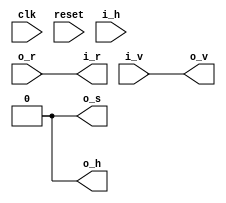
/*
 * Copyright International Business Machines Corporation 2016
 *
 * Printed in the United States of America June 2016
 *
 * IBM, the IBM logo, and ibm.com are trademarks or registered trademarks of
 * International Business Machines Corp.,
 * registered in many jurisdictions worldwide. Other product and service names
 * might be trademarks of IBM or other companies. A current list of IBM trademarks
 * is available on the Web at Copyright and trademark information at
 * www.ibm.com/legal/copytrade.shtml.
 *
 * Other company, product, and service names may be trademarks or service marks of
 * others.
 *
 * All information contained in this document is subject to change without notice.
 * The products described in this document are NOT intended for use in applications
 * such as implantation, life support, or other hazardous uses where malfunction
 * could result in death, bodily injury, or catastrophic property damage. The
 * information contained in this document does not affect or change IBM product
 * specifications or warranties. Nothing in this document shall operate as an
 * express or implied license or indemnity under the intellectual property rights
 * of IBM or third parties. All information contained in this document was obtained
 * in specific environments, and is presented as an illustration. The results
 * obtained in other operating environments may vary.
 * While the information contained herein is believed to be accurate, such
 * information is preliminary, and should not be relied upon for accuracy or
 * completeness, and no representations or warranties of accuracy or completeness
 * are made.
 *
 * Note: This document contains information on products in the design, sampling
 * and/or initial production phases of development. This information is subject to
 * change without notice. Verify with your IBM field applications engineer that you
 * have the latest version of this document before finalizing a design.
 * This document is intended for development of technology products compatible with
 * Power Architecture. You may use this document, for any purpose (commercial or
 * personal) and make modifications and distribute; however, modifications to this
 * document may violate Power Architecture and should be carefully considered. Any
 * distribution of this document or its derivative works shall include this Notice
 * page including but not limited to the IBM warranty disclaimer and IBM liability
 * limitation. No other licenses, expressed or implied, estoppel or otherwise to
 * any intellectual property rights is granted by this document.
 *
 * THE INFORMATION CONTAINED IN THIS DOCUMENT IS PROVIDED ON AN AS IS BASIS.
 * IBM makes no representations or warranties, either express or implied, including
 * but not limited to, warranties of merchantability, fitness for a particular
 * purpose, or non-infringement, or that any practice or implementation of the IBM
 * documentation will not infringe any third party patents, copyrights, trade
 * secrets, or other rights. In no event will IBM be liable for damages arising
 * directly or indirectly from any use of the information contained in this
 * document.
 *
 * IBM Systems and Technology Group
 * 2070 Route 52, Bldg. 330
 * Hopewell Junction, NY 12533-6351
 * The IBM home page can be found at ibm.com.
 */

// IBM Research - Zurich
// Zurich CAPI Streaming Layer
// Raphael Polig <pol@zurich.ibm.com>
// Heiner Giefers <hgi@zurich.ibm.com>
// Module Author: Andrew Martin

`timescale 1 ps / 1 ps

module zcsl_arbrr
#(
	parameter WAYS = 1
)
(
	input clk,
	input reset,
	
	output [0:WAYS-1] i_r,
	input [0:WAYS-1] i_v,
	input [0:WAYS-1] i_h,

	input o_r,
	output o_v,
	output [0:WAYS-1] o_s,
	output o_h
);

// ** Wire definitions

generate

if(WAYS==1) begin
	assign o_v = i_v;
	assign i_r = o_r;
	
	assign o_s = 1'b0;
	assign o_h = 1'b0;
end else begin

	wire act;
	wire [0:WAYS-2] st_in;
	wire [0:WAYS-1] st;
	wire [0:WAYS*2-2] arb_in, arb_out;
	wire [0:WAYS*2-1] arb_kill;
	wire [0:WAYS-1] i_kill;
	wire [0:WAYS-1] i_nxt_st;


	// ** Routing and Logic
	assign act = o_r & o_v;  // update state if we have an accepted valid input request 

	// state: tencoded:  1111, 0111, 0011, 0001, 0000
	// on less bit than ways needed since lsb always on.
	assign st[WAYS-1] = 1'b1;
	   
	/* use tcoded state to qualify the input valids, and then repeat the input valids unqualified. No need to repreat the last input*/
	assign arb_in[0:WAYS-1] = i_v & st;
	assign arb_in[WAYS:(WAYS*2)-2] = i_v[0:WAYS-2];   
	   
	assign arb_kill[0] = 1'b0;
	assign arb_kill[1:WAYS*2-1-1] = arb_in[0:WAYS*2-1-2] | arb_kill[0:WAYS*2-1-2];
	assign arb_kill[WAYS*2-1] = 1'b1;

	assign arb_out =  arb_in & ~arb_kill[0:WAYS*2-2];//TODO: Check! Or 1:WAYS*2-1

	assign o_s    = arb_out [0:WAYS-1] | {arb_out [WAYS:WAYS*2-2],1'b0};
	   
	assign i_nxt_st[0:WAYS-1] = arb_kill[WAYS-1] ? arb_kill[0:WAYS-1] : {arb_kill[WAYS:WAYS*2-1]};

	assign i_kill = (st & arb_kill[0:WAYS-1]) | (~st & arb_kill[WAYS:(WAYS*2)-1]);
	   
	// kill: 01111, 00111, 00011, 00001, 00000
	// by happy coincidence, this is just what we want for next state
	assign st_in = (i_h[0:WAYS-2] & i_v[0:WAYS-2]) | i_nxt_st[0:WAYS-2];

	// accept input if output is accepted and its not killed
	assign i_r = {WAYS{o_r}} & ~i_kill;

	// we allways accept something   
	assign o_v = | i_v;
	   
	assign o_h = arb_kill[WAYS-1];


	// ** Instances
	zcsl_dffea#(.WIDTH(WAYS-1)) IRR_ST(.clk(clk), .reset(reset), .enable(act), .i(st_in), .o(st[0:WAYS-2]));

end

endgenerate

endmodule